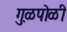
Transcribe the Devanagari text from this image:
गु़ळपोळी